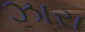
ઝારા